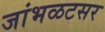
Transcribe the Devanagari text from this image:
जांभळटसर